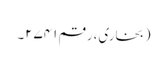
(بخاری، رقم ۲۷۴۱۔